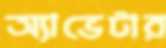
অ্যাভেটার